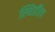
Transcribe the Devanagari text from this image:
स्थितींतच